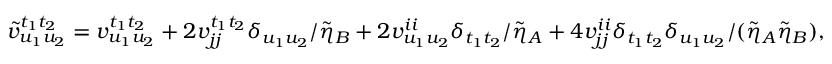
\begin{array} { r } { \tilde { v } _ { u _ { 1 } u _ { 2 } } ^ { t _ { 1 } t _ { 2 } } = v _ { u _ { 1 } u _ { 2 } } ^ { t _ { 1 } t _ { 2 } } + 2 v _ { j j } ^ { t _ { 1 } t _ { 2 } } \delta _ { u _ { 1 } u _ { 2 } } / \tilde { \eta } _ { B } + 2 v _ { u _ { 1 } u _ { 2 } } ^ { i i } \delta _ { t _ { 1 } t _ { 2 } } / \tilde { \eta } _ { A } + 4 v _ { j j } ^ { i i } \delta _ { t _ { 1 } t _ { 2 } } \delta _ { u _ { 1 } u _ { 2 } } / ( \tilde { \eta } _ { A } \tilde { \eta } _ { B } ) , } \end{array}